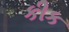
કીક